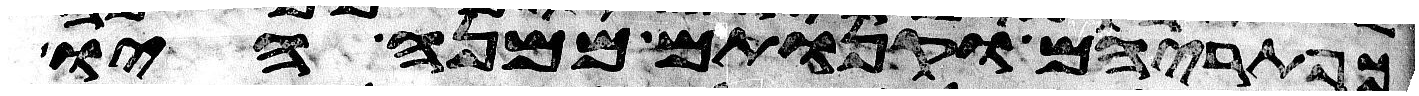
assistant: כפתריהם וקנותם ממנה היו